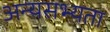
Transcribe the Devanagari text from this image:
अन्यसभ्यता